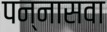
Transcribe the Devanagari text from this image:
पन्नासवा